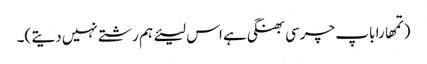
(تمھارا باپ چرسی بھنگی ہے اس لیئے ہم رشتے نہیں دیتے )۔